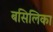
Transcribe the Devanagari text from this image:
बसिलिका